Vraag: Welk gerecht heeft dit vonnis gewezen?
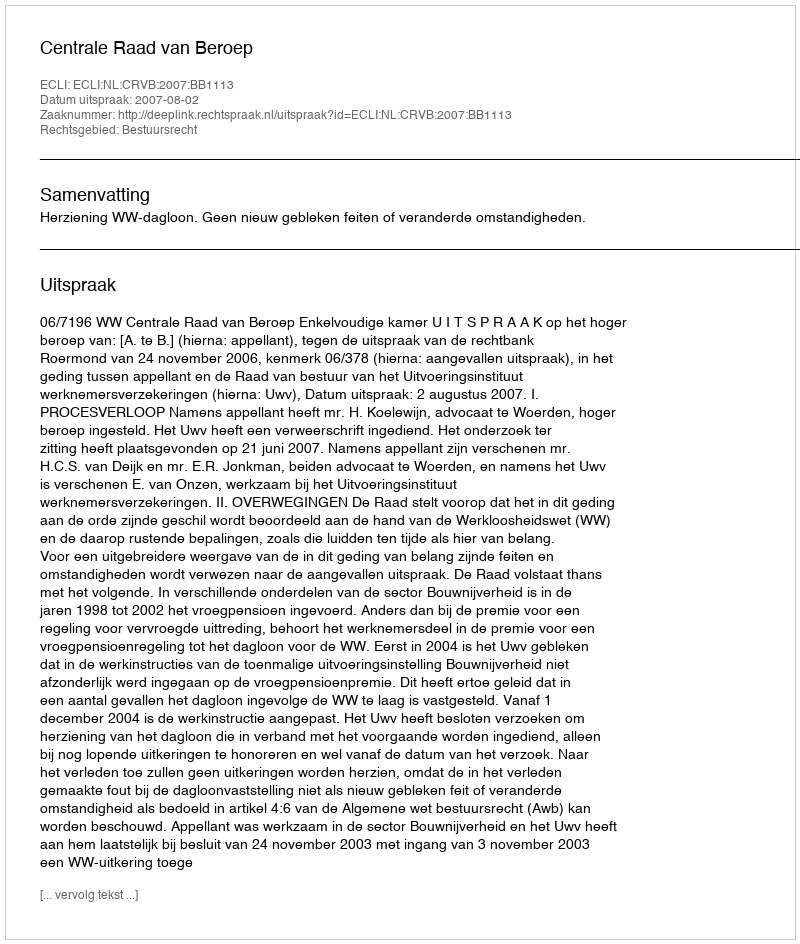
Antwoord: Centrale Raad van Beroep